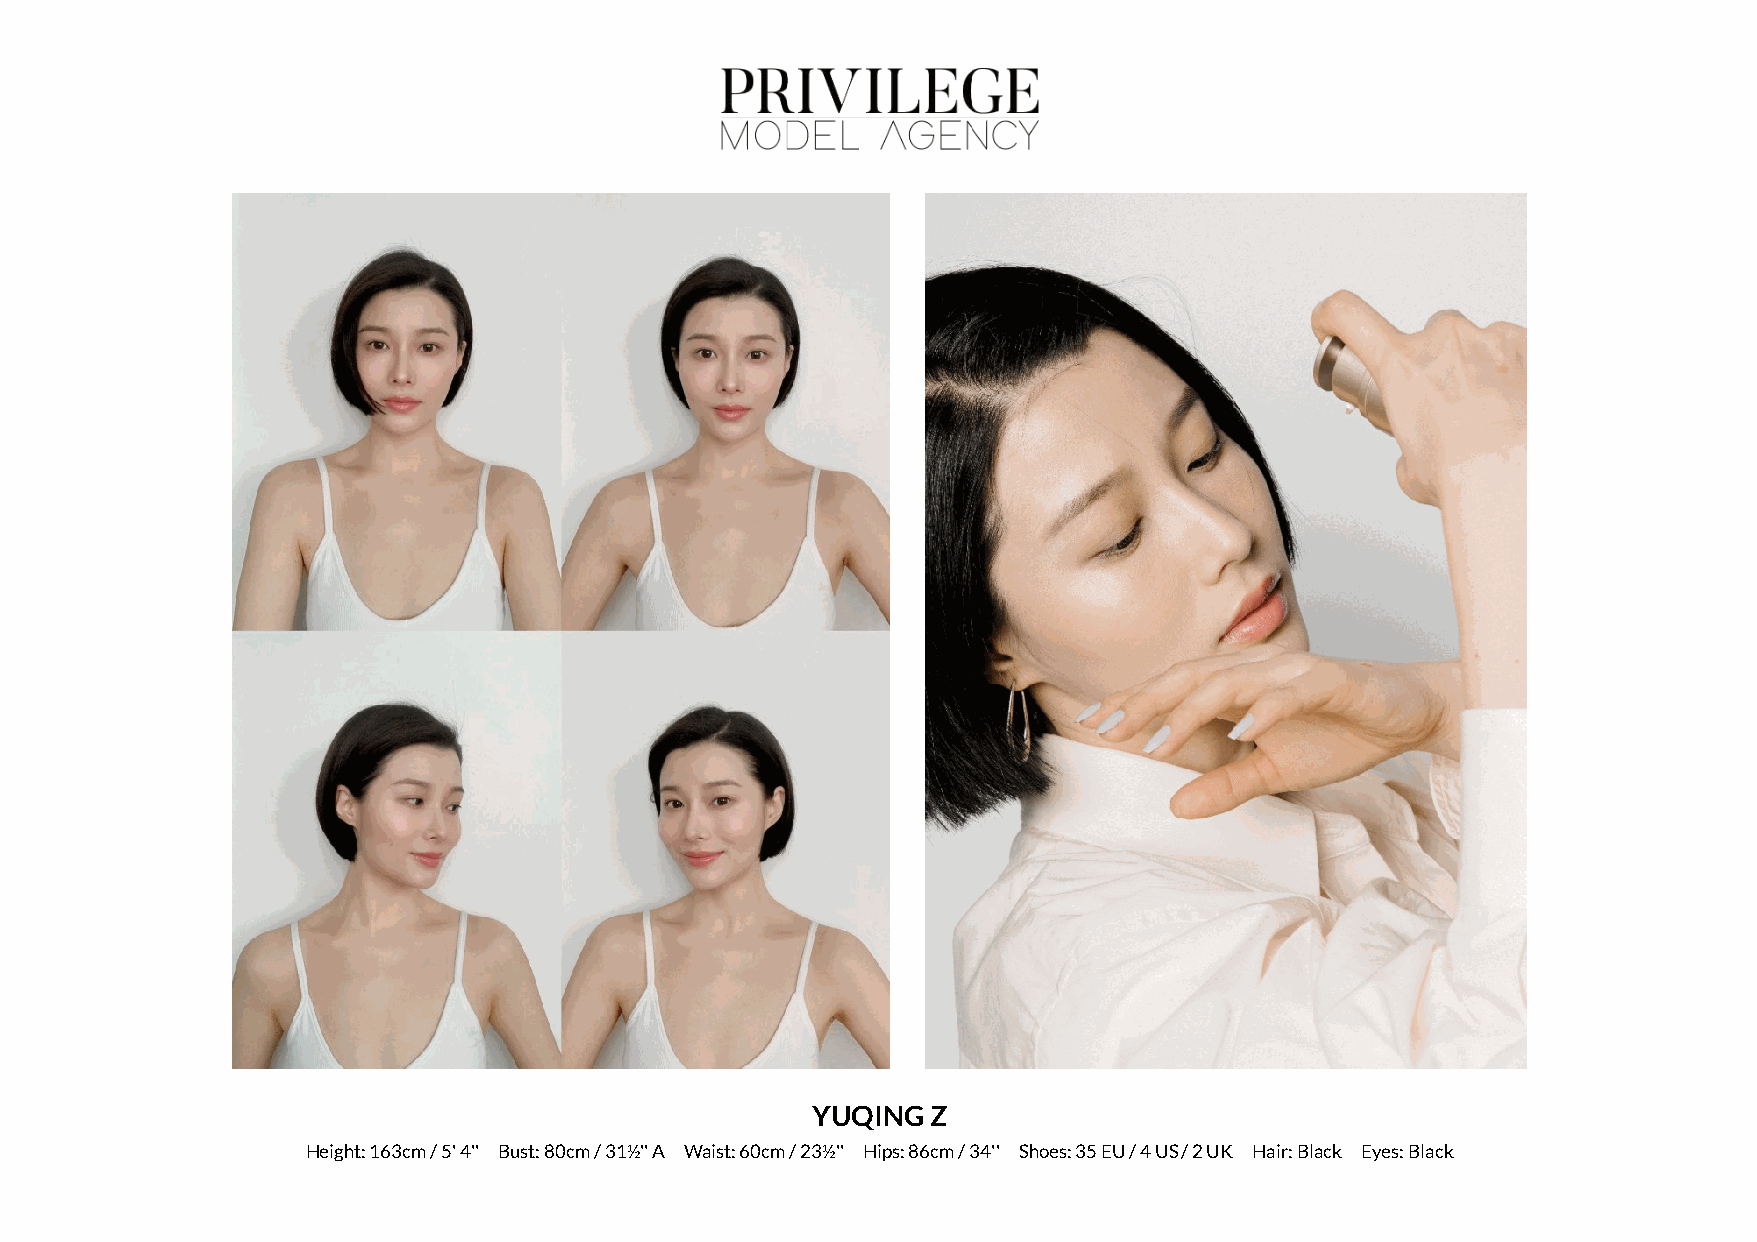
YUQING  Z
 Height: 163cm / 5' 4'' Bust: 80cm / 31½'' A Waist: 60cm / 23½'' Hips: 86cm / 34'' Shoes: 35 EU / 4 US / 2 UK Hair: Black Eyes: Black